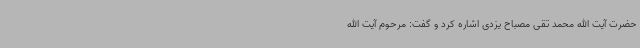
حضرت آیت الله محمد تقی مصباح یزدی اشاره کرد و گفت: مرحوم آیت الله